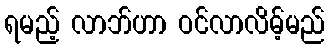
ရမည့် လာဘ်ဟာ ဝင်လာလိမ့်မည်